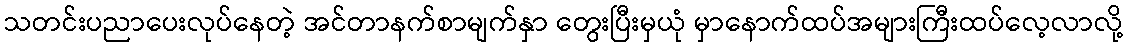
သတင်းပညာပေးလုပ်နေတဲ့ အင်တာနက်စာမျက်နှာ တွေးပြီးမှယုံ မှာနောက်ထပ်အများကြီးထပ်လေ့လာလို့